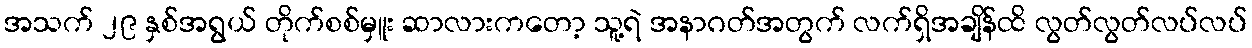
အသက် ၂၉ နှစ်အရွယ် တိုက်စစ်မှူး ဆာလားကတော့ သူ့ရဲ အနာဂတ်အတွက် လက်ရှိအချိန်ထိ လွတ်လွတ်လပ်လပ်